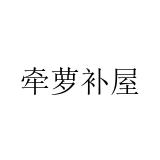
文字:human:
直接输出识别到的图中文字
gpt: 牵萝补屋